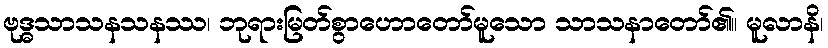
ဗုဒ္ဓသာသနသနဿ၊ ဘုရားမြတ်စွာဟောတော်မူသော သာသနာတော်၏။ မူလာနိ၊